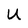
Character: U